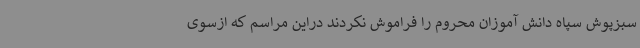
سبزپوش سپاه دانش آموزان محروم را فراموش نکردند دراین مراسم که ازسوی